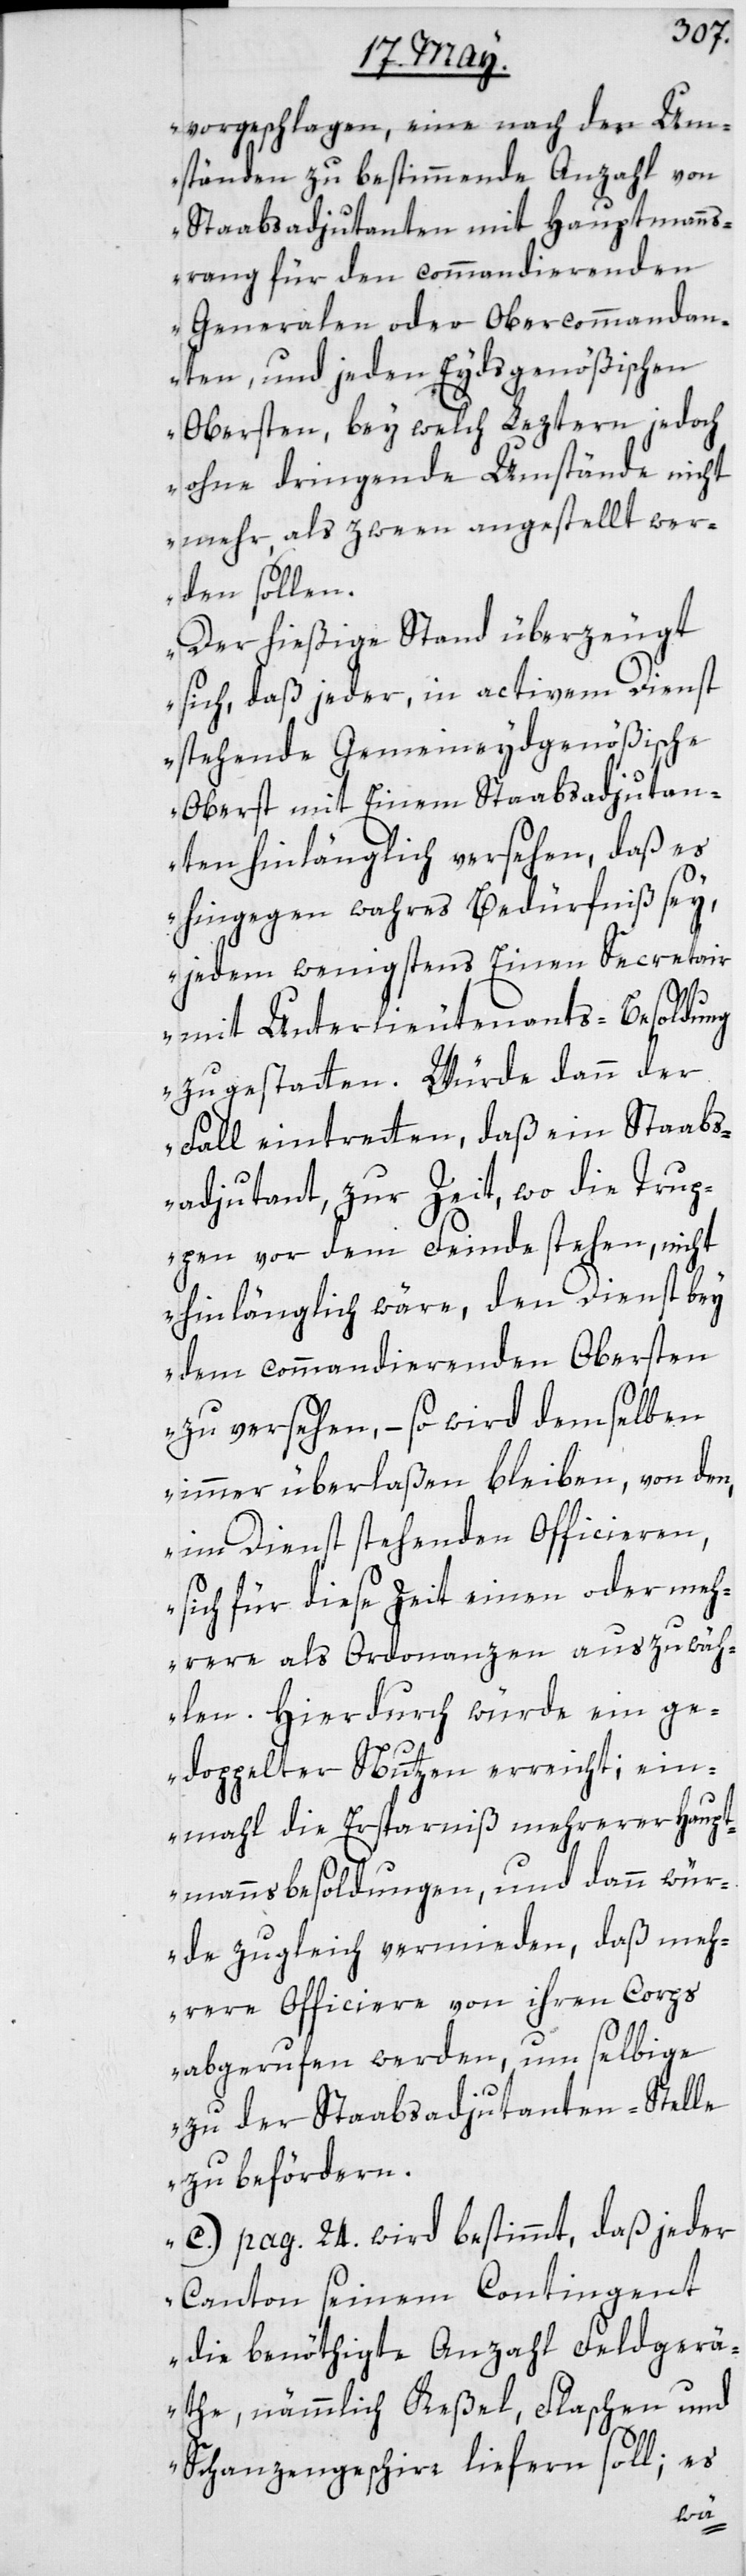
vorgeschlagen, eine nach den Um¬
ständen zu bestimmende Anzahl von
Staabsadjutanten mit Hauptmanns¬
rang für den commandierenden
Generalen oder Obercommandan¬
ten, und jeden Eydsgenößischen
Obersten, bey welch Leztern jedoch
ohne dringende Umstände nicht
mehr, als zween angestellt wer¬
den sollen.
Der hießige Stand überzeugt
sich, daß jeder, in activem Dienst
stehende Gemeineydgenößische
Oberst mit Einem Stabsadjutan¬
ten hinlänglich versehen, daß es
hingegen wahres Bedürfniß sey,
jedem wenigstens Einen Secretair
mit Unterlieutenants-Besoldung
zu gestatten. Würde dann der
Fall eintretten, daß ein Stabs¬
adjutant zur Zeit, wo die Trup¬
pen vor dem Feinde stehen, nicht
hinlänglich wäre, den Dienst bey
dem commandierenden Obersten
zu versehen, – so wird demselben
immer überlaßen bleiben, von dem
im Dienst stehenden Officieren,
sich für diese Zeit einen oder meh¬
rere als Ordonanzen auszuwäh¬
len. Hierdurch würde ein ge¬
doppelter Nutzen erreicht; ein¬
mal die Ersparniß mehrerer Haupt¬
mannsbesoldungen, und dann wür¬
de zugleich vermieden, daß meh¬
rere Officiere von ihren Corps
abgerufen werden, um selbige
zu der Stabsadjutanten-Stelle
zu beförderen.
c) pag. 24. wird bestimmt, daß jeder
Canton seinem Contingent
die benöthigte Anzahl Feldgerä¬
the, nämmlich Keßel, Flaschen und
Schanzengeschirr liefern soll; es